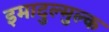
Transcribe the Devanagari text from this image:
इमादुल्मुल्क